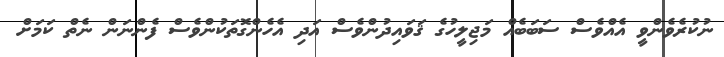
ނުކުރެވެންވީ އެއްވެސް ސަބަބެއް މަޖިލީހުގެ ޤަވައިދުންވެސް އަދި އެހެންގޮތަކުންވެސް ފެންނަން ނެތް ކަމަށް